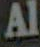
Al